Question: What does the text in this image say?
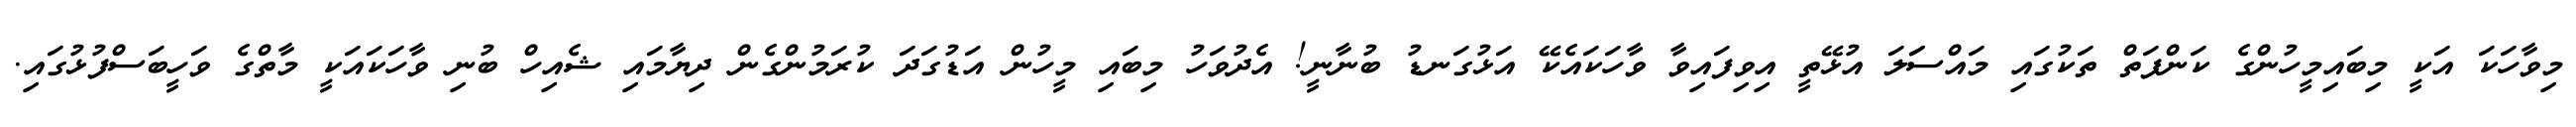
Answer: މިވާހަކަ އަކީ މިބައިމީހުންގެ ކަންފަތް ތަކުގައި މައްސަަލަ އުޅޭތީ އިވިފައިވާ ވާހަކައެކޭ އަޅުގަނޑު ބުނާނީ! އެދުވަހު މިބައި މީހުން އަޑުގަދަ ކުރަމުންގެން ދިޔާމައި ޝެއިހް ބުނި ވާހަކައަކީ މާތްގެ ވަހީބަސްފުޅުގައި.